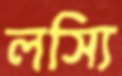
লস্যি